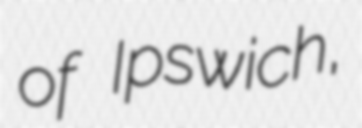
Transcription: of Ipswich,